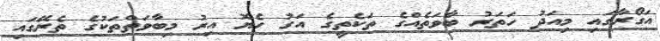
އަގޯރާގައި މިއަދު ހަތަރު ބާވަތެއްގެ ތަކެތީގެ އަގު ހެޔޮ އިރު މިބާވަތްތަކުގެ ތެރޭގައި